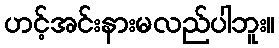
ဟင့်အင်းနားမလည်ပါဘူး။